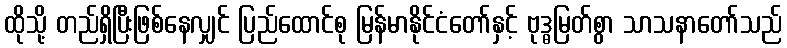
ထိုသို့ တည်ရှိပြီးဖြစ်နေလျှင် ပြည်ထောင်စု မြန်မာနိုင်ငံတော်နှင့် ဗုဒ္ဓမြတ်စွာ သာသနာတော်သည်